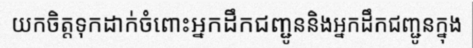
យកចិត្តទុកដាក់ចំពោះអ្នកដឹកជញ្ជូននិងអ្នកដឹកជញ្ជូនក្នុង